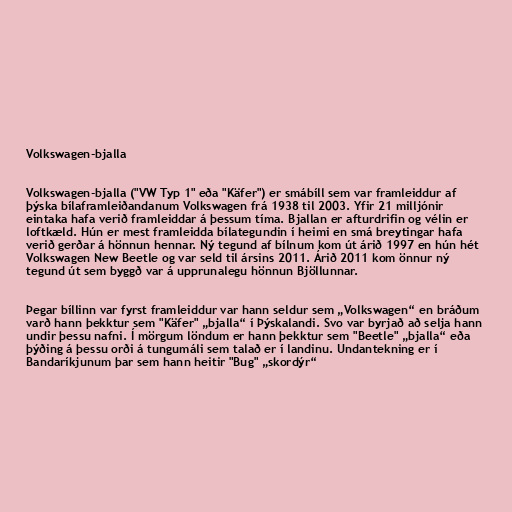
Volkswagen-bjalla

Volkswagen-bjalla ("VW Typ 1" eða "Käfer") er smábíll sem var framleiddur af
þýska bílaframleiðandanum Volkswagen frá 1938 til 2003. Yfir 21 milljónir
eintaka hafa verið framleiddar á þessum tíma. Bjallan er afturdrifin og vélin er
loftkæld. Hún er mest framleidda bílategundin í heimi en smá breytingar hafa
verið gerðar á hönnun hennar. Ný tegund af bílnum kom út árið 1997 en hún hét
Volkswagen New Beetle og var seld til ársins 2011. Árið 2011 kom önnur ný
tegund út sem byggð var á upprunalegu hönnun Bjöllunnar.

Þegar bíllinn var fyrst framleiddur var hann seldur sem „Volkswagen“ en bráðum
varð hann þekktur sem "Käfer" „bjalla“ í Þýskalandi. Svo var byrjað að selja hann
undir þessu nafni. Í mörgum löndum er hann þekktur sem "Beetle" „bjalla“ eða
þýðing á þessu orði á tungumáli sem talað er í landinu. Undantekning er í
Bandaríkjunum þar sem hann heitir "Bug" „skordýr“